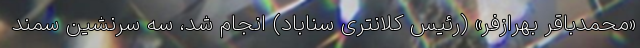
«محمدباقر بهرازفر» (رئیس کلانتری سناباد) انجام شد، سه سرنشین سمند